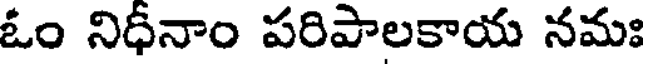
ఓం నిధీనాం పరిపాలకాయ నమః